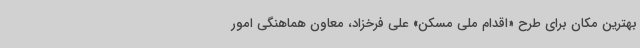
بهترین مکان برای طرح «اقدام ملی مسکن» علی فرخزاد، معاون هماهنگی امور